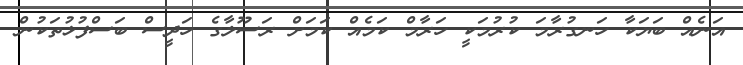
އަނެއް ބަޔަކާ ހަނގުރާމަ ކުރުމަކީ ހަރާމް ކަމެއް ކަމަށް ރަސޫލާގެ ހަދީސް ބަސްފުޅުތަކުން